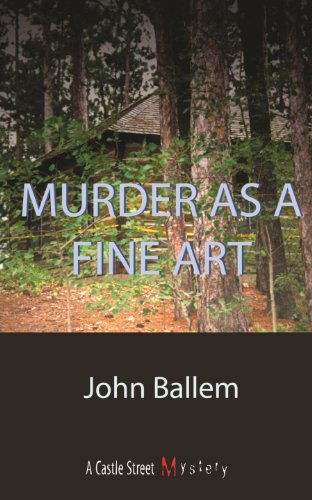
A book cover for Murder as a Fine Art: A Laura Janeway Mystery; John Ballem; Travel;